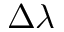
\Delta \lambda